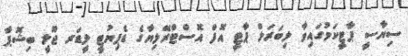
ސިޔާސީ ޕާޓީކަމުގައިވާ ލިބަރަލް ޕާޓީ އޮފް އޮސްޓްރޭލިޔާގެ ޑެޕިޔުޓީ ލީޑަރ ޖޫލީ ބިޝޮޕާ